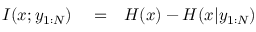
\begin{array} { r l r } { I ( x ; y _ { 1 : N } ) } & { { } = } & { H ( x ) - H ( x | y _ { 1 : N } ) } \end{array}